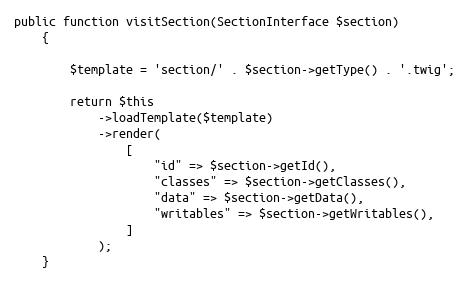
Language: PHP
public function visitSection(SectionInterface $section)
    {

        $template = 'section/' . $section->getType() . '.twig';

        return $this
            ->loadTemplate($template)
            ->render(
                [
                    "id" => $section->getId(),
                    "classes" => $section->getClasses(),
                    "data" => $section->getData(),
                    "writables" => $section->getWritables(),
                ]
            );
    }